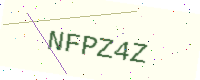
Text: NFPZ4Z